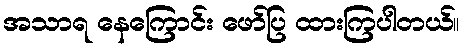
အသာရ နေကြောင်း ဖော်ပြ ထားကြပါတယ်။